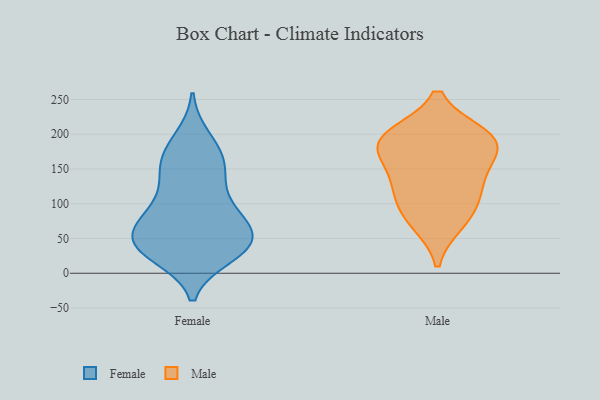
{"axis": {"x": "Population (Million)", "y": "Value"}, "legend": ["Female", "Male"], "data": [{"x": "", "y": 170, "type": "Female"}, {"x": "", "y": 36, "type": "Female"}, {"x": "", "y": 43, "type": "Female"}, {"x": "", "y": 80, "type": "Female"}, {"x": "", "y": 46, "type": "Female"}, {"x": "", "y": 26, "type": "Female"}, {"x": "", "y": 144, "type": "Female"}, {"x": "", "y": 81, "type": "Female"}, {"x": "", "y": 64, "type": "Female"}, {"x": "", "y": 94, "type": "Female"}, {"x": "", "y": 140, "type": "Female"}, {"x": "", "y": 96, "type": "Female"}, {"x": "", "y": 34, "type": "Female"}, {"x": "", "y": 194, "type": "Female"}, {"x": "", "y": 37, "type": "Female"}, {"x": "", "y": 149, "type": "Female"}, {"x": "", "y": 39, "type": "Female"}, {"x": "", "y": 58, "type": "Female"}, {"x": "", "y": 176, "type": "Female"}, {"x": "", "y": 195, "type": "Male"}, {"x": "", "y": 198, "type": "Male"}, {"x": "", "y": 146, "type": "Male"}, {"x": "", "y": 184, "type": "Male"}, {"x": "", "y": 73, "type": "Male"}, {"x": "", "y": 118, "type": "Male"}, {"x": "", "y": 120, "type": "Male"}, {"x": "", "y": 194, "type": "Male"}, {"x": "", "y": 174, "type": "Male"}, {"x": "", "y": 84, "type": "Male"}]}